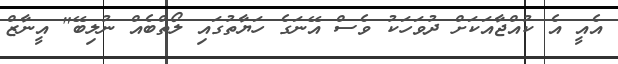
އެއީ އެ ކުއްޖާއަކަށް ދުވަހަކު ވެސް އޭނަގެ ހަޔާތުގައި ލޯތްބެއް ނުލިބޭ" އީނާޒް